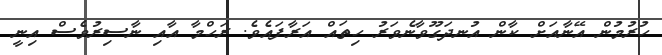
ހުރުމުން އޭނާއަށް ކާން އުނދަގޫވާނެވަރު ހިތައް އަރާފައެވެ. ރަހްމާ އާއި ނާސިރުވެސް އިނީ